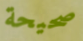
صحيحة